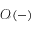
{ \mathcal { O } } ( - )